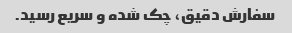
سفارش دقیق، چک شده و سریع رسید.